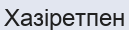
Хазіретпен